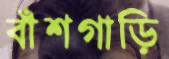
বাঁশগাড়ি